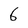
Character: 6